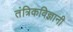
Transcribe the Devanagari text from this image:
तंत्रिकविज्ञानी